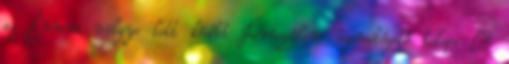
az Énnom völgye lett később Jeruzsálem szemétégető telepe –